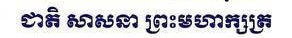
ជាតិ សាសនា ព្រះមហាក្សត្រ